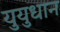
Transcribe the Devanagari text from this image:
युयुधान